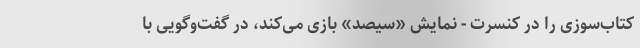
کتاب‌سوزی را در کنسرت - نمایش «سیصد» بازی می‌کند، در گفت‌وگویی با